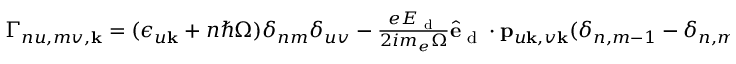
\begin{array} { r } { \Gamma _ { n u , m v , \mathbf { k } } = ( \epsilon _ { u \mathbf { k } } + n \hbar \Omega ) \delta _ { n m } \delta _ { u v } - \frac { e E _ { \textrm { d } } } { 2 i m _ { e } \Omega } \hat { \mathbf { e } } _ { \textrm { d } } \cdot \mathbf { p } _ { u \mathbf { k } , v \mathbf { k } } ( \delta _ { n , m - 1 } - \delta _ { n , m + 1 } ) . } \end{array}